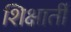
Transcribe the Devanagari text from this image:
शिक्षार्ती